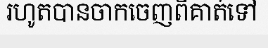
រហូតបានចាកចេញពីគាត់ទៅ